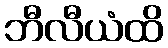
ဘီလီယံထိ